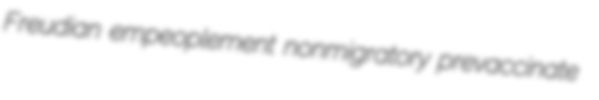
Freudian empeoplement nonmigratory prevaccinate